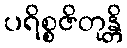
ပရိစ္စဇိတုန္တိ